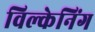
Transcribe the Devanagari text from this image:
विल्केनिंग